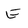
Character: E